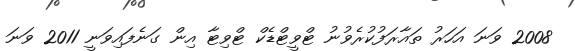
2008 ވަނަ އަހަރު ތައާރަފުކުރެވުނު ޓްވީޓްޑެކް ޓްވިޓާ އިން ގަނެފައިވަނީ 2011 ވަނަ